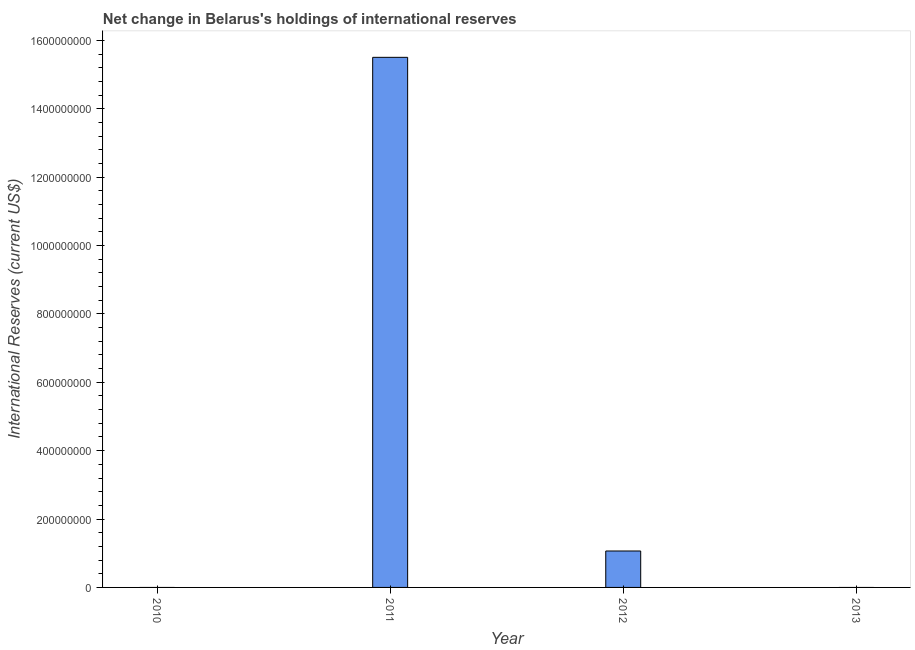
| Year | Reserves and related items |
 | --- | --- |
 | 2010 | -1.48e+09 |
 | 2011 | 1.55e+09 |
 | 2012 | 1.07e+08 |
 | 2013 | -9.43e+07 |